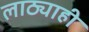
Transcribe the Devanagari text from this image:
लाठ्याही